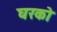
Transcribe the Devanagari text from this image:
घरको